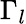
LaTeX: \Gamma_{l}